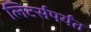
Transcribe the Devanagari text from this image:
लिटर्सपर्यंत